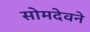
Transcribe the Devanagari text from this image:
सोमदेवने